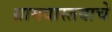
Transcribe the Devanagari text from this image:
ग्रामवास्तवाचे